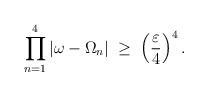
\begin{align*}\prod_{n=1}^4 |\omega-\Omega_n| \;\geq\; \left( \frac{\varepsilon}{4} \right)^4.\end{align*}